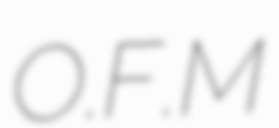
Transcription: O.F.M